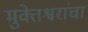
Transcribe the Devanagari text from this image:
मुक्तेश्वरांचा